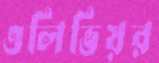
ওলিভিয়র